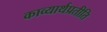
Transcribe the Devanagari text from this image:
काव्यार्थप्रतीति